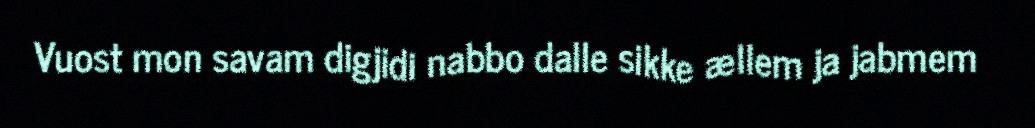
Vuost mon savam digjidi nabbo dalle sikke ællem ja jabmem